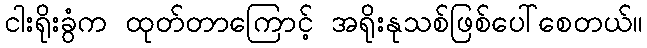
ငါးရိုးခွံက ထုတ်တာကြောင့် အရိုးနုသစ်ဖြစ်ပေါ်စေတယ်။